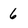
Character: 6